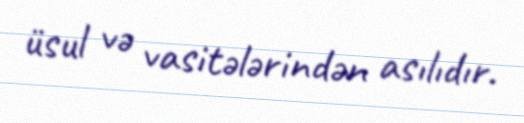
üsul və vasitələrindən asılıdır.